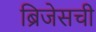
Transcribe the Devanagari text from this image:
ब्रिजेसची